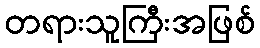
တရားသူကြီးအဖြစ်